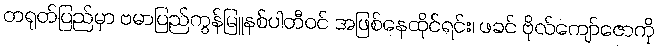
တရုတ်ပြည်မှာ ဗမာပြည်ကွန်မြူနစ်ပါတီဝင် အဖြစ်နေထိုင်ရင်း၊ ဖခင် ဗိုလ်ကျော်ဇောကို